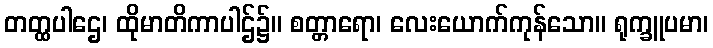
တတ္ထပါဌေ၊ ထိုမာတိကာပါဌ်၌။ စတ္တာရော၊ လေးယောက်ကုန်သော။ ရုက္ခူပမာ၊